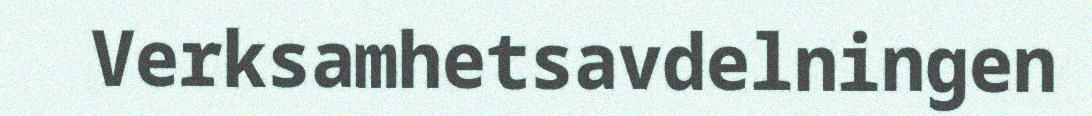
Verksamhetsavdelningen